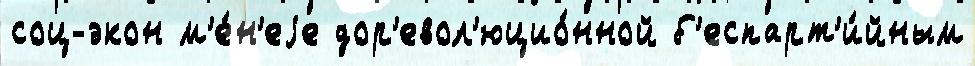
соц-экон м'е́н'еjе дор'евол'юцио́нной б'еспарт'и́йным